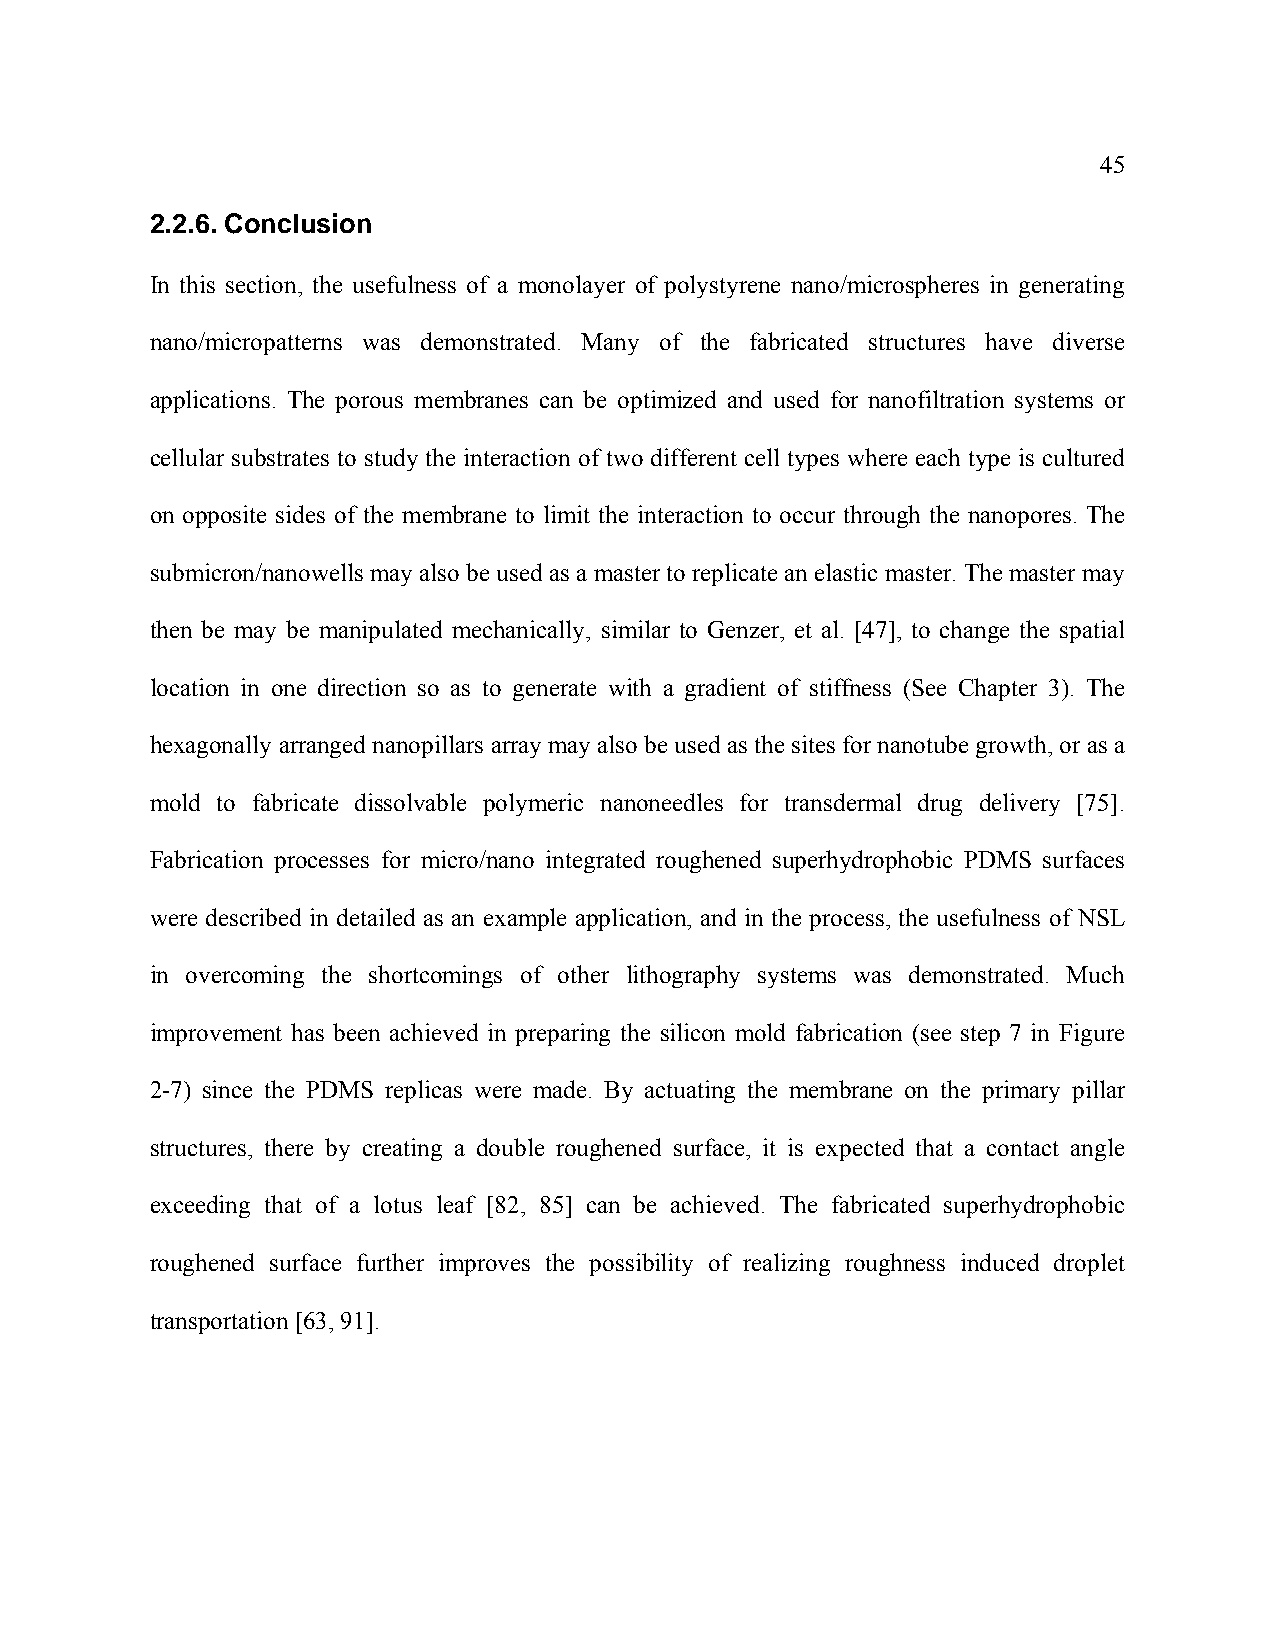
45
 2.2.6. Conclusion
 In this section, the usefulness of a monolayer of polystyrene nano/microspheres in generating
 nano/micropatterns was demonstrated. Many of the fabricated structures have diverse
 applications. The porous membranes can be optimized and used for nanofiltration systems or
 cellular substrates to study the interaction of two different cell types where each type is cultured
 on opposite sides of the membrane to limit the interaction to occur through the nanopores. The
 submicron/nanowells may also be used as a master to replicate an elastic master. The master may
 then be may be manipulated mechanically, similar to Genzer, et al. [47], to change the spatial
 location in one direction so as to generate with a gradient of stiffness (See Chapter 3). The
 hexagonally arranged nanopillars array may also be used as the sites for nanotube growth, or as a
 mold to fabricate dissolvable polymeric nanoneedles for transdermal drug delivery [75].
 Fabrication processes for micro/nano integrated roughened superhydrophobic PDMS surfaces
 were described in detailed as an example application, and in the process, the usefulness of NSL
 in overcoming the shortcomings of other lithography systems was demonstrated. Much
 improvement has been achieved in preparing the silicon mold fabrication (see step 7 in Figure
 2-7) since the PDMS replicas were made. By actuating the membrane on the primary pillar
 structures, there by creating a double roughened surface, it is expected that a contact angle
 exceeding that of a lotus leaf [82, 85] can be achieved. The fabricated superhydrophobic
 roughened surface further improves the possibility of realizing roughness induced droplet
 transportation [63, 91].